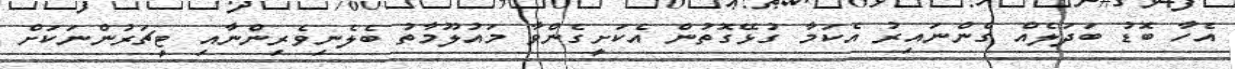
އެހާ ބޮޑު ބަދަލެއް ގެންނައިރު އެކަމާ ގުޅޭގޮތުން އެކަށީގެންވާ މައުލޫމާތު ބެލެނިވެރިންނާއި ޓީޗަރުންނަކަށް